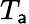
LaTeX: T_{\mathsf{a}}